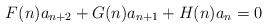
LaTeX: \begin{align*}F(n)a_{n+2}+G(n)a_{n+1}+H(n)a_n=0\end{align*}